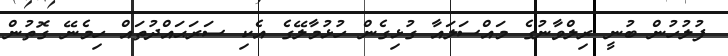
ފުލުހުން ބުނީ ރިލްވާނުގެ މައްސަލައާ ގުޅިގެން ހުޅުމާލޭގެ އެކި ސަރަޙައްދުތައް ހިމެނޭ ގޮތުން